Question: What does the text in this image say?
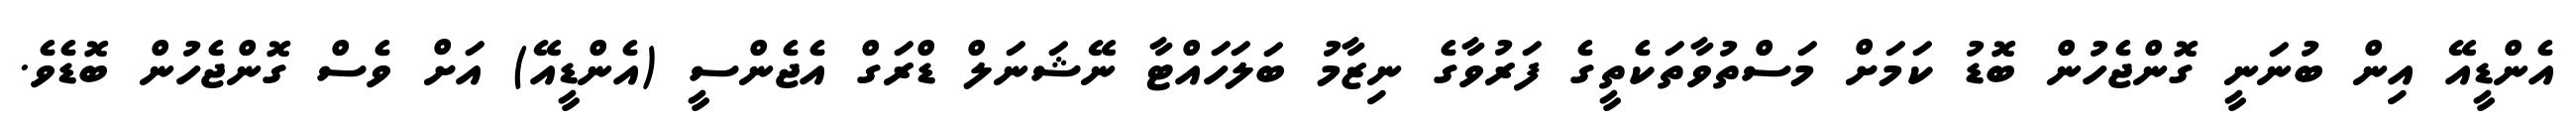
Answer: އެންޑީއޭ އިން ބުނަނީ ގޮންޖެހުން ބޮޑު ކަމަށް މަސްތުވާތަކެތީގެ ފަރުވާގެ ނިޒާމު ބަލަހައްޓާ ނޭޝަނަލް ޑްރަގް އެޖެންސީ (އެންޑީއޭ) އަށް ވެސް ގޮންޖެހުން ބޮޑެވެ.